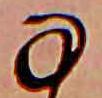
な